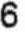
6